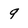
Character: 9